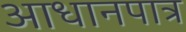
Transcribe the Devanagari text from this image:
आधानपात्र